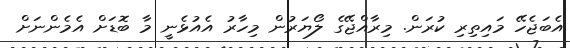
އެބަޖެހޭ މައިތިރި ކުރަން. މިރާއްޖޭގެ ލޯޔަރުން މިހާރު އެއުޅެނީ މާ ބޮޑަށް އެމެންނަށް